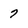
Character: 7